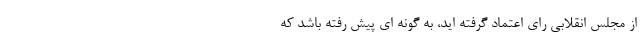
از مجلس انقلابی رای اعتماد گرفته اید، به گونه ای پیش رفته باشد که